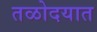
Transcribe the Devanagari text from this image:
तळोदयात